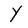
Character: Y